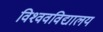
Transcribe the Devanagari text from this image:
विश्‍ववविद्यालय